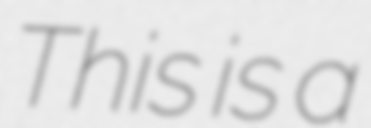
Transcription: This is a